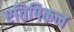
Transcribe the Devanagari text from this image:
एतिपिकल